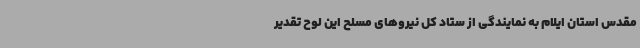
مقدس استان ایلام به نمایندگی از ستاد کل نیروهای مسلح این لوح تقدیر